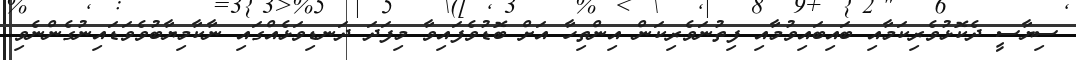
ސިޔާސީ ދެކޮޅުވެރިކަމާއި ބައިބައިވުމާއި ފިތުނަވެރިކަން އިންތިހާ އަށް ބޮޑުވެފައިވާ މިފަދަ ދަނޑިވަޅެއްގައި ނާކާމިޔާބުވެވަޑައިނުގެންނެވި